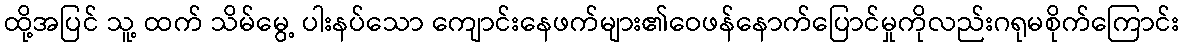
ထို့အပြင် သူ့ ထက် သိမ်မွေ့ ပါးနပ်သော ကျောင်းနေဖက်များ၏ဝေဖန်နောက်ပြောင်မှုကိုလည်းဂရုမစိုက်ကြောင်း